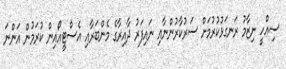
ސިއްހީ ނިޒާމު ރަނގަޅުކުރުމަށް ސަރުކާރުންނާއި ނައިފަރު ދާއިރާގެ މެންބަރާއި އެސްޓީއޯއިން ކުރަމުން އަންނަ